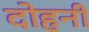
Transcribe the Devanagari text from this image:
दोहनी